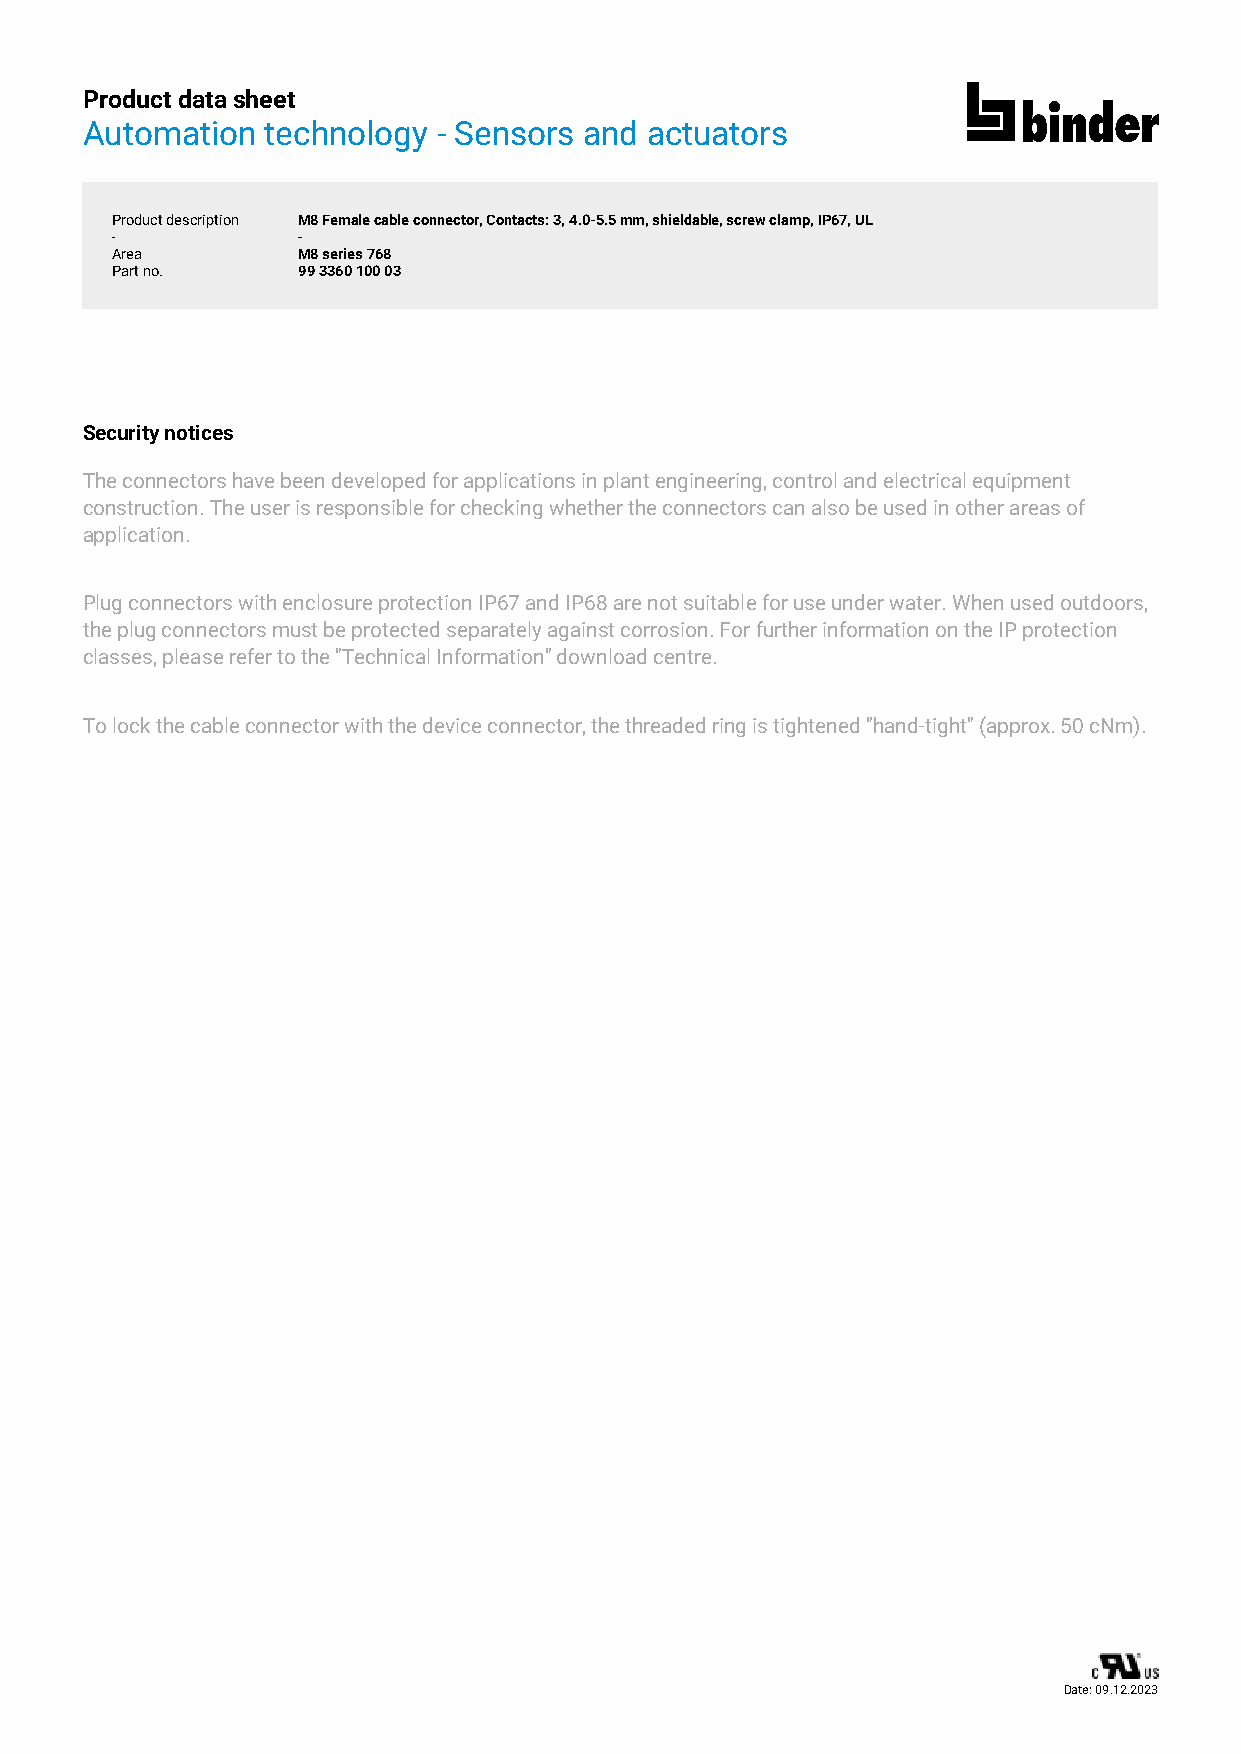
Product data sheet
 Automation   technology - Sensors and actuators
 Product description M8 Female cable connector, Contacts: 3, 4.0-5.5 mm, shieldable, screw clamp, IP67, UL
 Area         M8 series 768
 Part no.     99 3360 100 03
 Security notices
 The connectors have been developed for applications in plant engineering, control and electrical equipment
 construction. The user is responsible for checking whether the connectors can also be used in other areas of
 application.
 Plug connectors with enclosure protection IP67 and IP68 are not suitable for use under water. When used outdoors,
 the plug connectors must be protected separately against corrosion. For further information on the IP protection
 classes, please refer to the "Technical Information" download centre.
 To lock the cable connector with the device connector, the threaded ring is tightened "hand-tight" (approx. 50 cNm).
 Date: 09.12.2023